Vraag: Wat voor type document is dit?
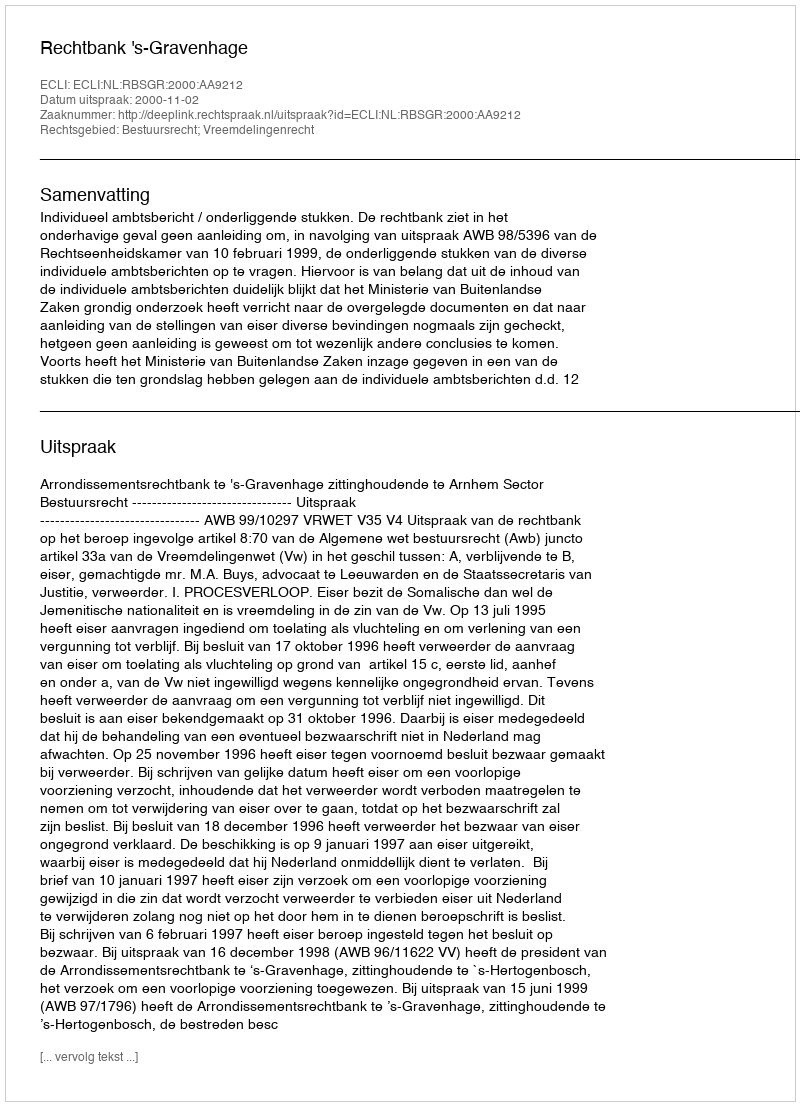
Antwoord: Uitspraak